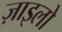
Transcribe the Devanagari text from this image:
ज़ाइलो